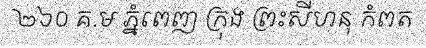
២៦០ គ.ម ភ្នំពេញ ក្រុង ព្រះសីហនុ កំពត